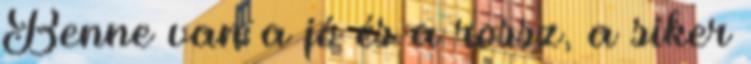
Benne van a jó és a rossz, a siker